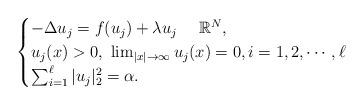
LaTeX: \begin{align*} \begin{cases} -\Delta u_j=f(u_j)+\lambda u_j \ \ \ \ \mathbb R^N,\\ u_j(x)>0,\ \lim_{|x|\to\infty}u_j(x)=0,i=1,2, \cdots, \ell\\ \sum_{i=1}^{\ell}|u_j|_2^2=\alpha. \end{cases} \end{align*}